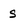
Character: S